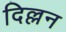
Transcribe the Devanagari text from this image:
दिल्लन